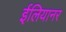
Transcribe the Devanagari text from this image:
ईलियानर